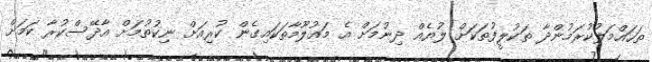
ތަހައްމަލުކުރަމުންދާ ތަކުލީފުތަކަށް ލުޔެއް ދިނުމަށް އެ މައުލޫމާތަކައިގެން ކުރިއަށް ނިކުތުމަށް އާދޭސްކުރާ ކަމަށް